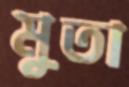
মুতা